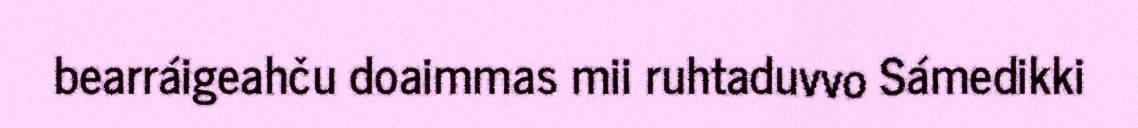
bearráigeahču doaimmas mii ruhtaduvvo Sámedikki